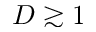
D \gtrsim 1